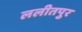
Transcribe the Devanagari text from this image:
ललीतपुर